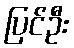
ပြင်ဦး